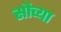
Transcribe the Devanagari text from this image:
सौच्या